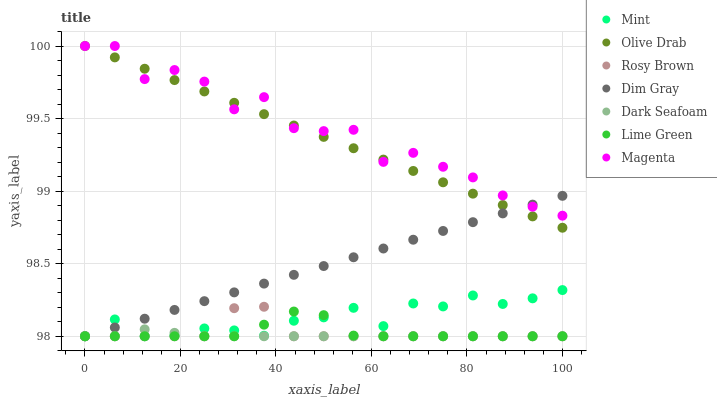
| xaxis_label | Mint | Olive Drab | Rosy Brown | Dim Gray | Dark Seafoam | Lime Green | Magenta |
 | --- | --- | --- | --- | --- | --- | --- | --- |
 | 0 | 98 | 100 | 98 | 98 | 98 | 98 | 100 |
 | 6.25 | 98.1 | 99.9 | 98 | 98.1 | 98 | 98 | 100 |
 | 12.5 | 98 | 99.8 | 98 | 98.1 | 98 | 98 | 99.8 |
 | 18.8 | 98 | 99.8 | 98 | 98.2 | 98 | 98 | 99.8 |
 | 25 | 98.1 | 99.7 | 98 | 98.2 | 98 | 98 | 99.8 |
 | 31.2 | 98 | 99.6 | 98.2 | 98.3 | 98 | 98 | 99.6 |
 | 37.5 | 98 | 99.5 | 98.2 | 98.4 | 98 | 98.1 | 99.6 |
 | 43.8 | 98.1 | 99.5 | 98 | 98.4 | 98 | 98.2 | 99.4 |
 | 50 | 98.1 | 99.4 | 98 | 98.5 | 98 | 98.1 | 99.4 |
 | 56.2 | 98.2 | 99.3 | 98 | 98.5 | 98 | 98 | 99.4 |
 | 62.5 | 98.1 | 99.2 | 98 | 98.6 | 98 | 98 | 99.2 |
 | 68.8 | 98.2 | 99.1 | 98 | 98.7 | 98 | 98 | 99.3 |
 | 75 | 98.2 | 99.1 | 98 | 98.7 | 98 | 98 | 99.2 |
 | 81.2 | 98.3 | 99 | 98 | 98.8 | 98 | 98 | 99.1 |
 | 87.5 | 98.2 | 98.9 | 98 | 98.8 | 98 | 98 | 99 |
 | 93.8 | 98.3 | 98.8 | 98 | 98.9 | 98 | 98 | 98.9 |
 | 100 | 98.3 | 98.7 | 98 | 99 | 98 | 98 | 98.8 |